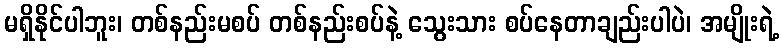
မရှိနိုင်ပါဘူး၊ တစ်နည်းမစပ် တစ်နည်းစပ်နဲ့ သွေးသား စပ်နေတာချည်းပါပဲ၊ အမျိုးရဲ့